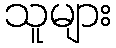
သူများ